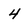
Character: 4